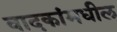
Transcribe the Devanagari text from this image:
वादकांमधील